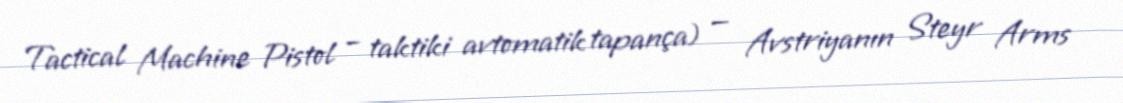
Tactical Machine Pistol – taktiki avtomatik tapança) — Avstriyanın Steyr Arms